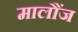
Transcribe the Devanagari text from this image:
मालौंज